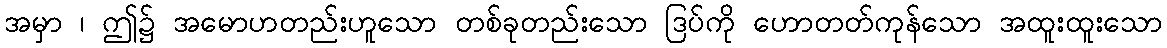
အမှာ ၊ ဤ၌ အမောဟတည်းဟူသော တစ်ခုတည်းသော ဒြပ်ကို ဟောတတ်ကုန်သော အထူးထူးသော